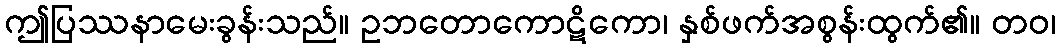
ဤပြဿနာမေးခွန်းသည်။ ဥဘတောကောဋိကော၊ နှစ်ဖက်အစွန်းထွက်၏။ တဝ၊